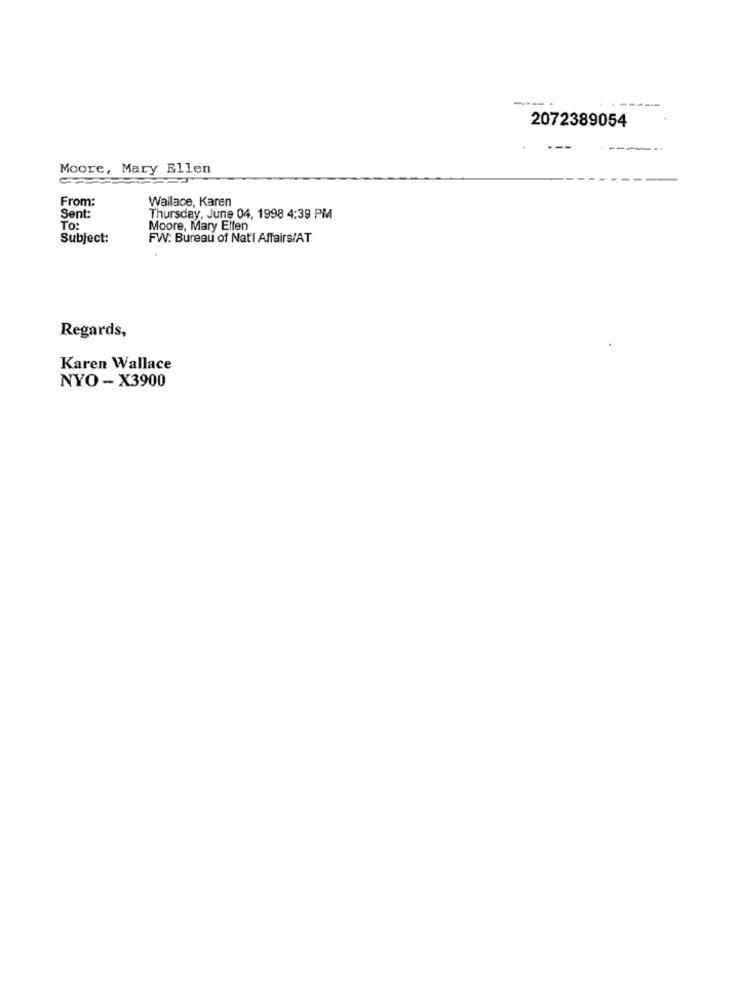
2072389054
---
Moore, Mary Ellen
From:
Wallace, Karen
Sent:
Thursday, June 04, 1998 4:39 PM
To:
Moore, Mary Ellen
Subject:
FW: Bureau of Nat'l Affairs/AT
Regards,
Karen Wallace
NYO - X3900